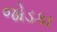
જોડકા